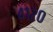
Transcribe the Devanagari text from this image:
४१२०